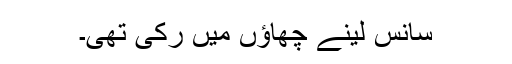
سانس لینے چھاؤں میں رکی تھی۔